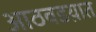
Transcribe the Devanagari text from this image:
आठवडय़ात